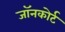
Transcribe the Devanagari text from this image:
जॉनकोर्ट